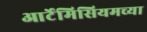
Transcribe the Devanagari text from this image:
आर्टेमिसियमच्या